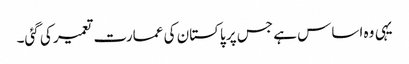
یہی وہ اساس ہے جس پر پاکستان کی عمارت تعمیر کی گئی۔